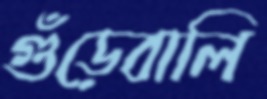
গুঁড়েবালি